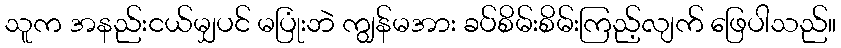
သူက အနည်းငယ်မျှပင် မပြုံးဘဲ ကျွန်မအား ခပ်စိမ်းစိမ်းကြည့်လျက် ဖြေပါသည်။